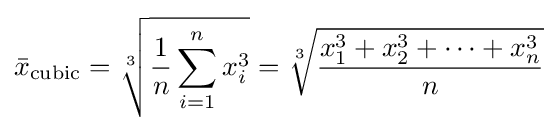
{\bar {x}}_{\mathrm {cubic} }={\sqrt[{3}]{{\frac {1}{n}}\sum _{i=1}^{n}{x_{i}^{3}}}}={\sqrt[{3}]{{x_{1}^{3}+x_{2}^{3}+\cdots +x_{n}^{3}} \over n}}